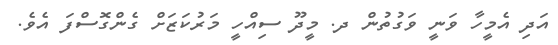
އަދި އެމީހާ ވަނީ ވަގުތުން ދ. މީދޫ ސިއްހީ މަރުކަޒަށް ގެންގޮސްފަ އެވެ.